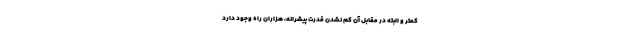
کمتر و البته در مقابل آن کم نشدن قدرت پیشرانه، هزاران راه وجود دارد